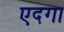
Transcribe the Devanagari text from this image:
एदगा